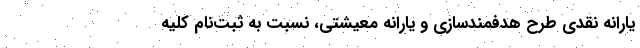
یارانه نقدی طرح هدفمندسازی و یارانه معیشتی، نسبت به ثبت‌نام کلیه